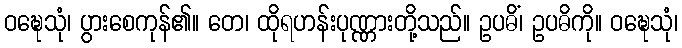
ဝဍ္ဎေသုံ၊ ပွားစေကုန်၏။ တေ၊ ထိုရဟန်းပုဏ္ဏားတို့သည်။ ဥပဓိံ၊ ဥပဓိကို။ ဝဍ္ဎေသုံ၊